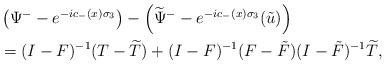
LaTeX: \begin{align*}\begin{aligned}&\left(\Psi^--e^{-ic_-(x)\sigma_3}\right)-\left(\widetilde{\Psi}^--e^{-ic_-(x)\sigma_3}(\tilde{u})\right)\\&=(I-F)^{-1}(T-\widetilde{T})+(I-F)^{-1}(F-\tilde{F})(I-\tilde{F})^{-1} \widetilde{T},\end{aligned}\end{align*}